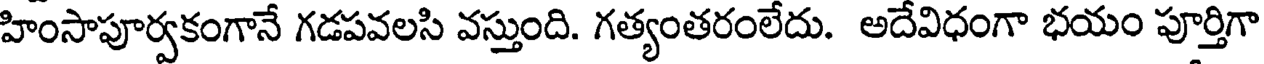
హింసాపూర్వకంగానే గడపవలసి వస్తుంది. గత్యంతరంలేదు. అదేవిధంగా భయం పూర్తిగా